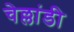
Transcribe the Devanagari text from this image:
चेल्लांडी